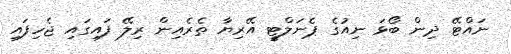
ނައްޓޭ ދިން ބޯޅަ ނިއުގެ ޕެނަލްޓީ އޭރިޔާ ތެރެއިން ރިލޭ ފައިގައި ޖެހިފައި